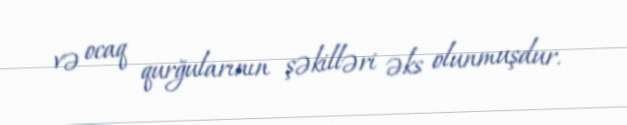
və ocaq qurğularının şəkilləri əks olunmuşdur.